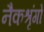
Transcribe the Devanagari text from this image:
नैकश्रृंगो